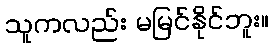
သူကလည်း မမြင်နိုင်ဘူး။